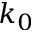
k _ { 0 }